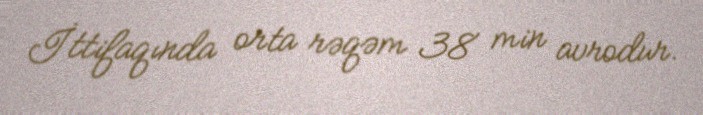
İttifaqında orta rəqəm 38 min avrodur.